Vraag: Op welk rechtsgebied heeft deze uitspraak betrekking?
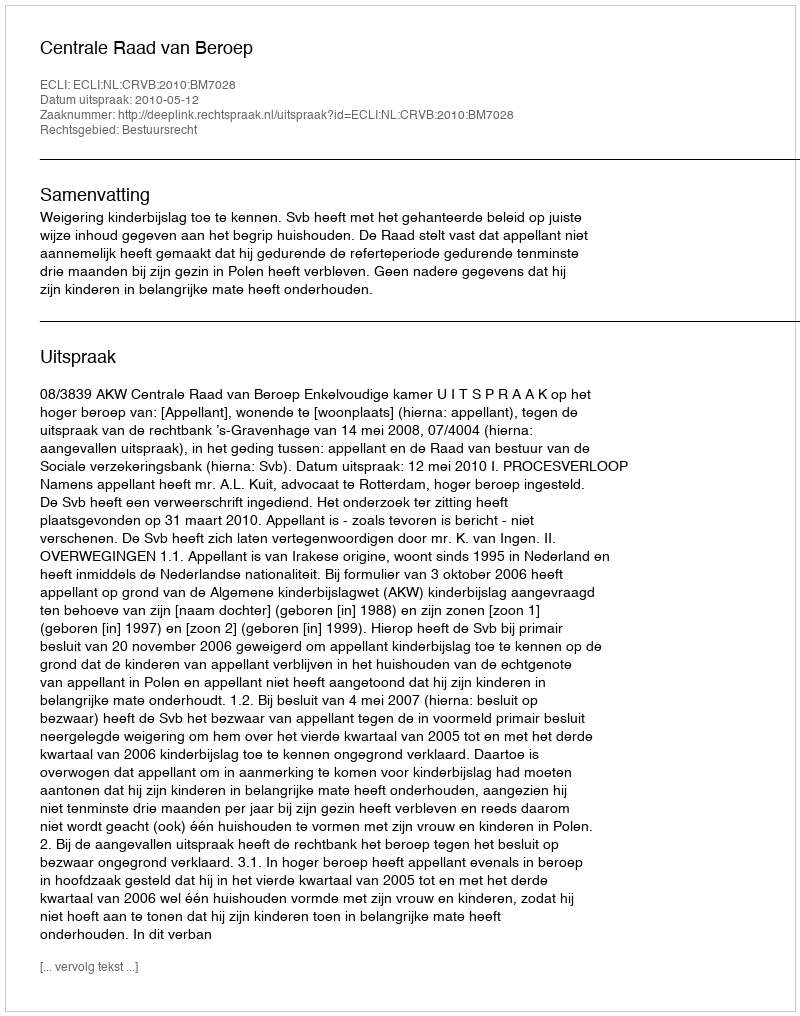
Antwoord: Bestuursrecht